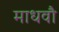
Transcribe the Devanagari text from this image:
माधवौ